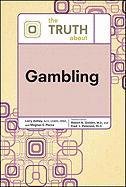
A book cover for The Truth About Gambling; Robert N. Golden; Health, Fitness & Dieting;